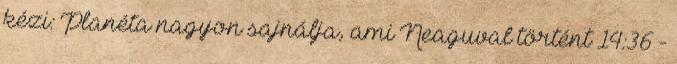
kézi: Planéta nagyon sajnálja, ami Neaguval történt 14:36 -